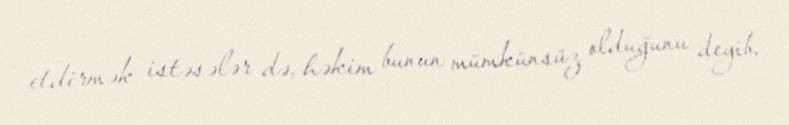
etdirmək istəsələr də, həkim bunun mümkünsüz olduğunu deyib.